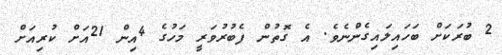
2 ބުރަކަށް ބަހައިލައިގެންނެވެ. އެ ގޮތުން ފެބުރުވަރީ މަހުގެ 4އިން 21އަށް ކުރިއަށް